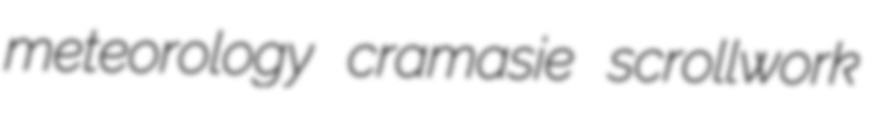
meteorology cramasie scrollwork